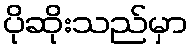
ပိုဆိုးသည်မှာ